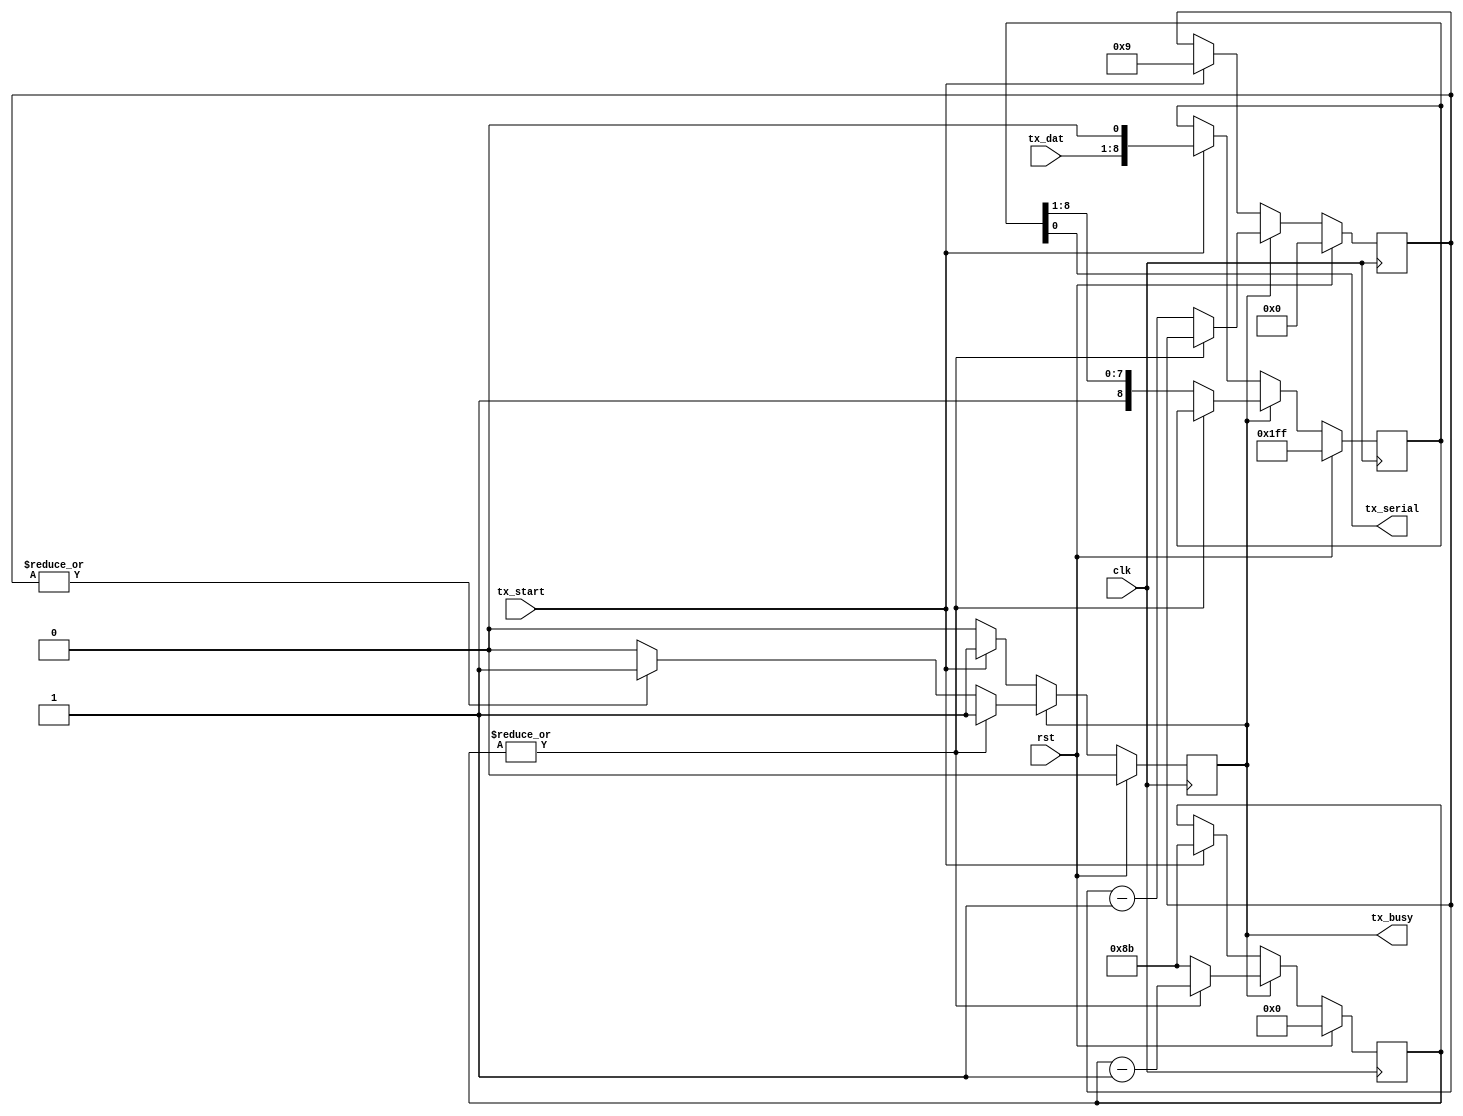
// acia_tx.v - serial transmit submodule
// 06-02-19 E. Brombaugh

module acia_tx(
	input clk,				// system clock
	input rst,				// system reset
	input [7:0] tx_dat,		// transmit data byte
	input tx_start,			// trigger transmission
	output tx_serial,		// tx serial output
	output reg tx_busy		// tx is active (not ready)
);
	// sym rate counter for 115200bps @ 16MHz clk
    parameter SCW = 8;		// rate counter width
	parameter sym_cnt = 139;	// rate count value
	
	// transmit machine
	reg [8:0] tx_sr;
	reg [3:0] tx_bcnt;
	reg [SCW-1:0] tx_rcnt;
	always @(posedge clk)
	begin
		if(rst)
		begin
			tx_sr <= 9'h1ff;
			tx_bcnt <= 4'h0;
			tx_rcnt <= {SCW{1'b0}};
			tx_busy <= 1'b0;
		end
		else
		begin
			if(!tx_busy)
			begin
				if(tx_start)
				begin
					// start transmission
					tx_busy <= 1'b1;
					tx_sr <= {tx_dat,1'b0};
					tx_bcnt <= 4'd9;
					tx_rcnt <= sym_cnt;
				end
			end
			else
			begin
				if(~|tx_rcnt)
				begin
					// shift out next bit and restart
					tx_sr <= {1'b1,tx_sr[8:1]};
					tx_bcnt <= tx_bcnt - 1;
					tx_rcnt <= sym_cnt;
					
					if(~|tx_bcnt)
					begin
						// done - return to inactive state
						tx_busy <= 1'b0;
					end
				end
				else
					tx_rcnt <= tx_rcnt - 1;
			end	
		end
	end
	
	// hook up output
	assign tx_serial = tx_sr;
endmodule